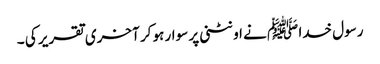
رسول خدا ﷺ نے اونٹنی پر سوار ہو کر آخری تقریر کی ۔